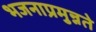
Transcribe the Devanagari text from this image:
भजनाप्रमुन्नते